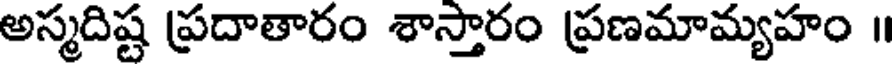
అస్మదిష్ట ప్రదాతారం శాస్తారం ప్రణమామ్యహం ॥